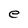
Character: e